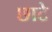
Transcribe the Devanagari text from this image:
छाटे